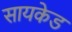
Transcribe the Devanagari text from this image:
सायकेड